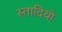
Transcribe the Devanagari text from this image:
स्तादियो